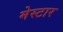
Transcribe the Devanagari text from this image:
मेस्टार